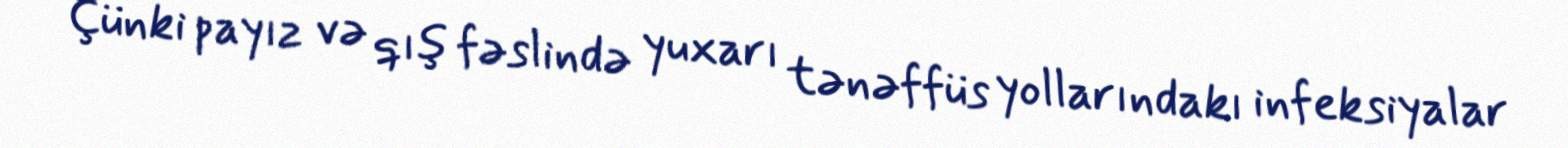
Çünki payız və qış fəslində yuxarı tənəffüs yollarındakı infeksiyalar